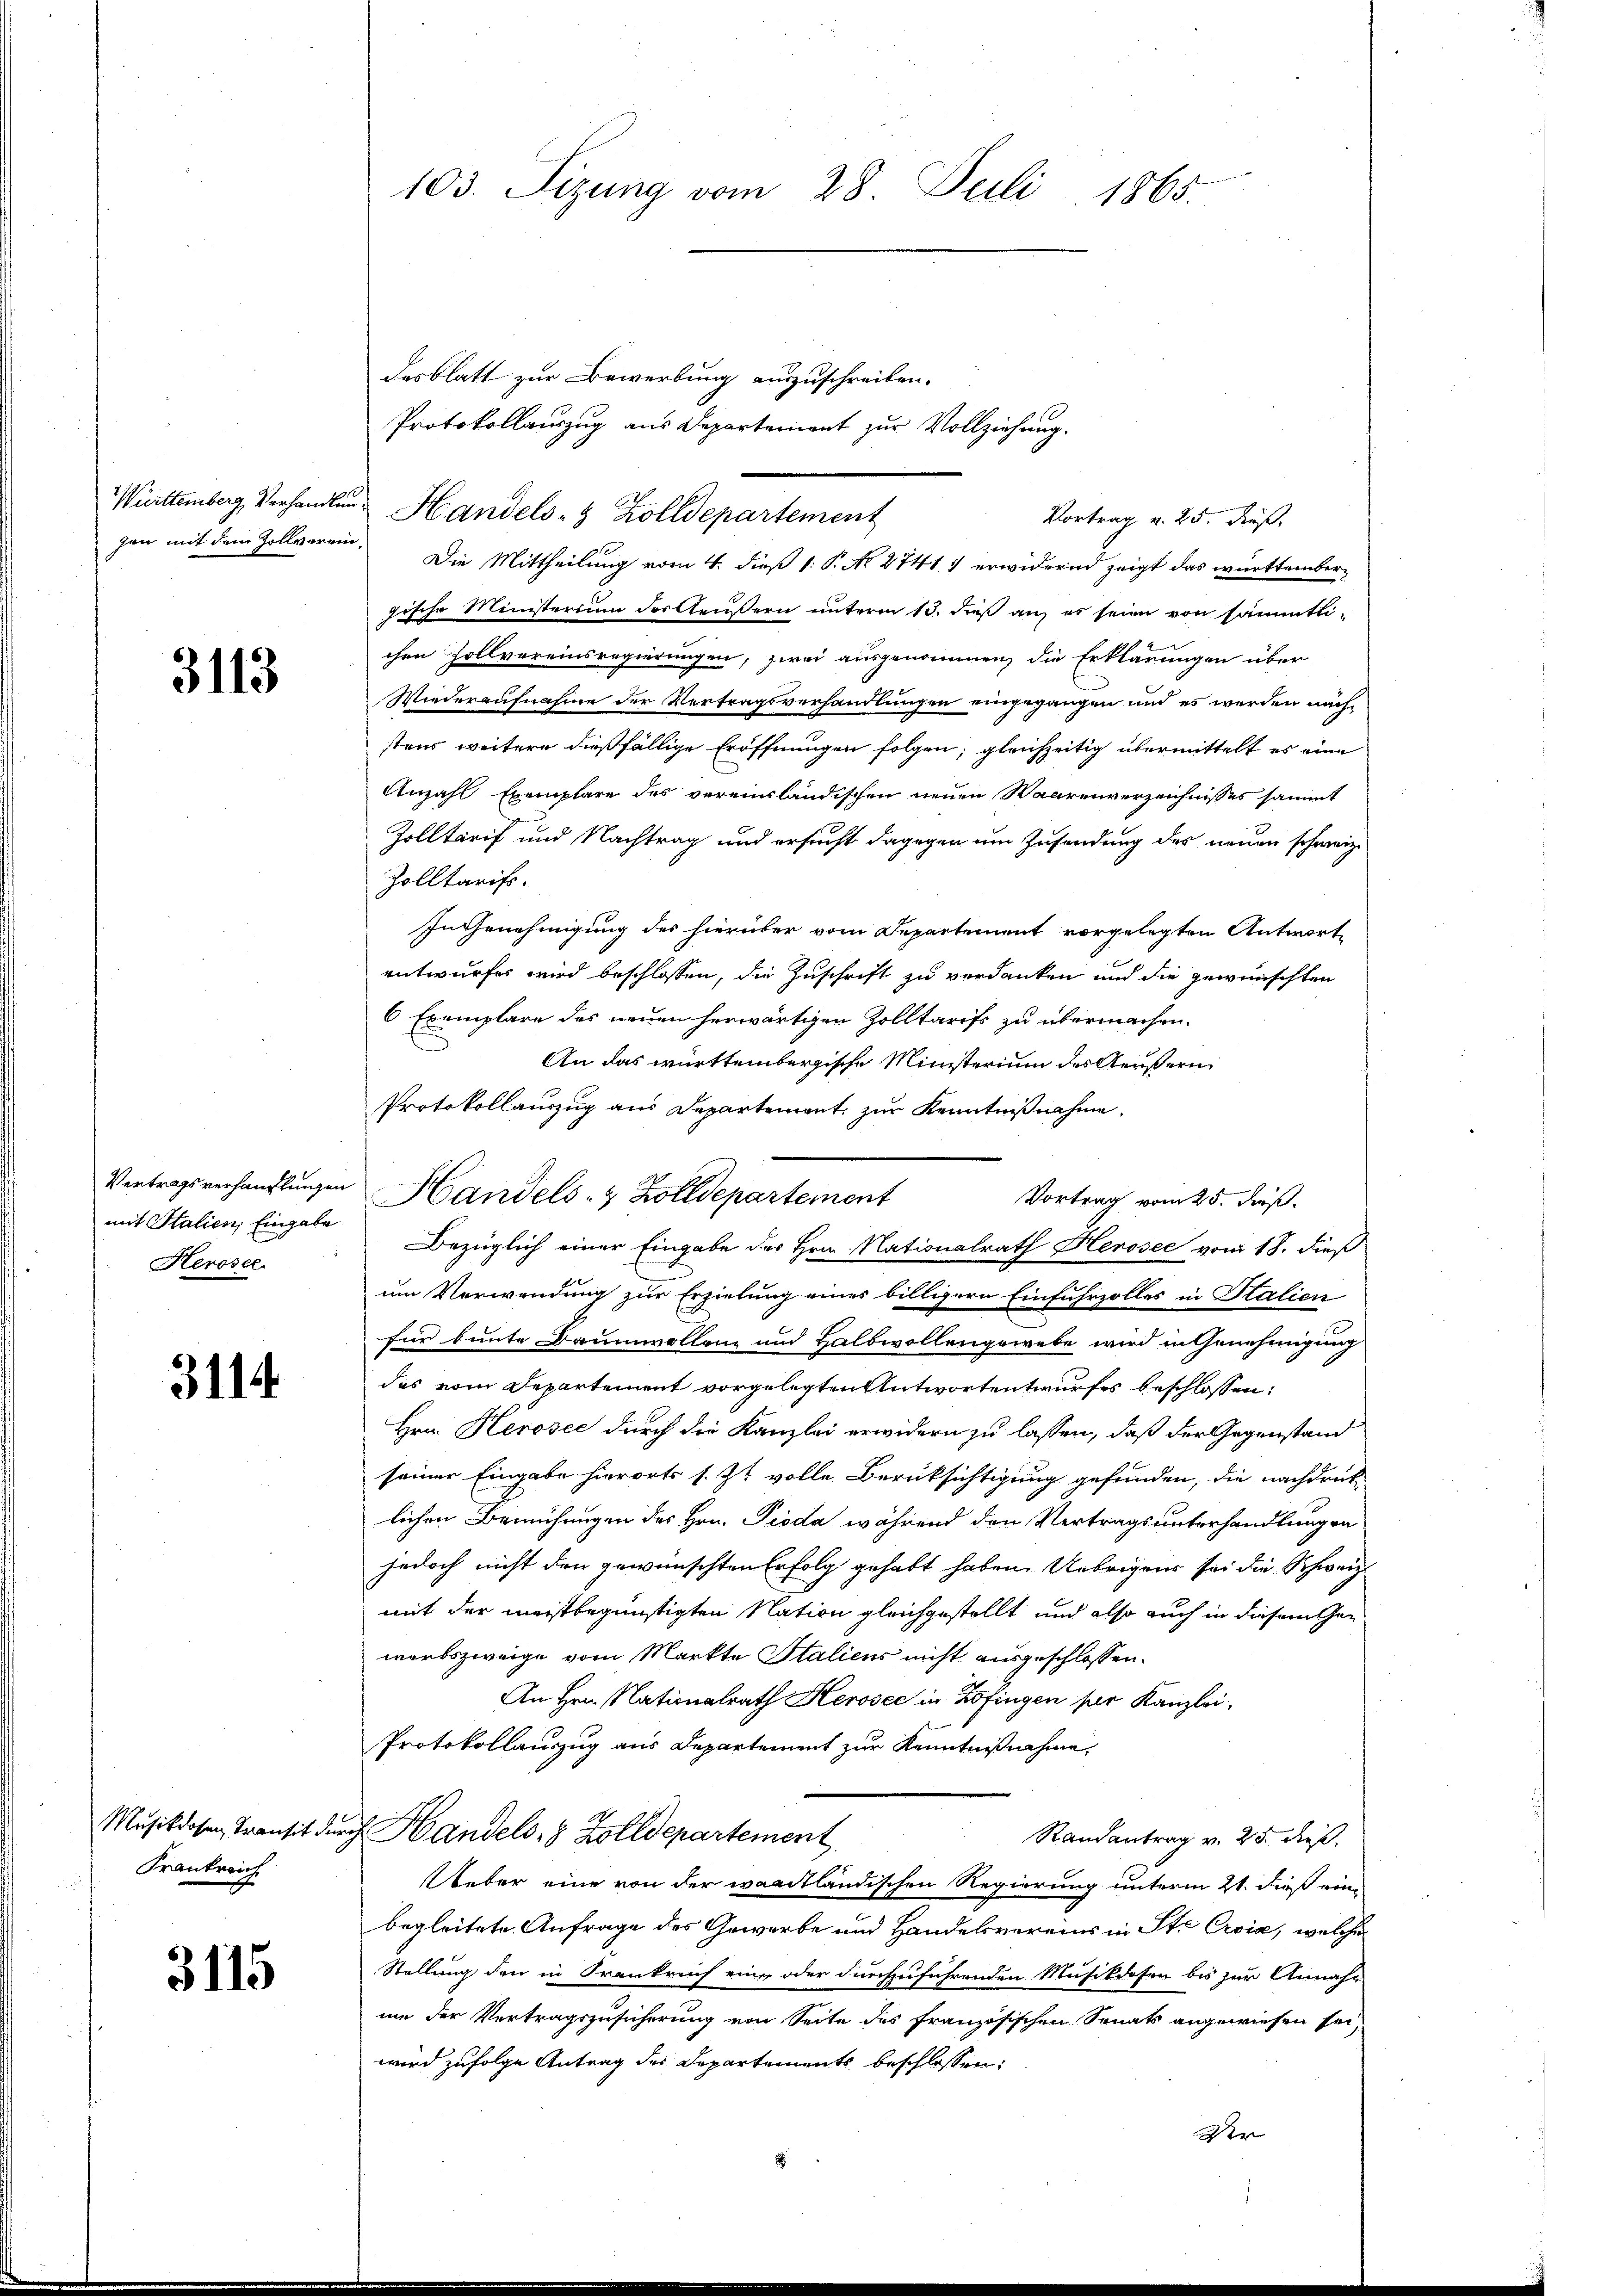
3113

Vertragsverhandlungen
mit Stalien, Eingabe
Heroser.

3114.

Musikdosen Transit de
Frankreich

3115

103. Sizung vom 28. Juli 1865.

Württemberg, Verhandlen Handels- & Zolldepartement
gische Ministerium der Aeußern unterm 13. dieß an, er seien von sämmtlichen Zollvereinsregierungen, zwei ausgenommen, die Erklärungen über
Wiederaufnahme der Vertragsverhandlungen eingegangen und es werden nächstens weitere dießfällige Eröffnungen folgen; gleichzeitig übermittelt es eine
Anzahl Exemplare des vereinländischen neuen Waarenverzeichnisses sammt
Zolltarif und Nachtrag und ersucht dagegen um Zusendung des neuen schweiz.
Zolltaris.
In Genehmigung des hierüber vom Departement vorgelegten Antwortentwurfes wird beschlossen, die Zuschrift zu verdanken und die gewünschten
6 Exemplare des neuen herwärtigen Zolltarife zu übermachen.
An das württembergische Ministerium des Aeußern
Protokollauszug aus Departement zur Kenntnißnahme
Handels- & Zolldepartement
Vortrag vom 25. dieß.
Bezüglich einer Eingabe des Hrn. Nationalrath Herosee vom 18. dieß
um Verwendung zur Erzielung eines billigern Einfuhrzolles in Halien
für bunte Baumwollen und Halbwollengewebe wird in Genehmigung
das vom Departement vorgelegten Antwortentwurfes beschlossen:
Hrn. Herosec durch die Kanzlei erwidern zu lassen, daß der Gegenstand
seiner Eingabe hierorts s. Zt. volle Berüksichtigung gefunden, die nachdruck
lichen Bemühungen des Hrn. Pioda während den Vertragsunterhandlungen
jedoch nicht den gewünschten Erfolg gehabt haben. Uebrigens sei die Schweiz.
mit der meistbegünstigten Nation gleichgestellt und also auch in diesem Gewerbszweige vom Markte Staliens nicht ausgeschlossen.
An Hrn. Nationalrath Herosec in Zofingen für Kanzlei-
Protokollauszug aus Departement zur Kenntnißnahme,
 Handels 8 Zolldepartement
Randantrag v. 25. dieß.
Ueber eine von der waadtländischen Regierung unterm 21. dieß eine
begleitete Anfrage des Gewerbe und Handelsvereins in Ste Crois, welche
Stellung den in Frankreich eine oder durchzuführenden Musikdosen bis zur Annahme der Vertragszusicherung von Seite des französischen Senats angewiesen sei,
wird zufolge Antrag des Departements beschlossen:
Der

desblatt zur Bewerbung auszuschreiben.
Protokollauszug aus Departement zur Vollziehung.
Vortrag v. 25. dieß,
gen mit dem Zollverein. Die Mittheilung vom 4. dieß 1: P. No 27417 erwidernd zeigt das württember¬

a